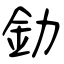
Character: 釛